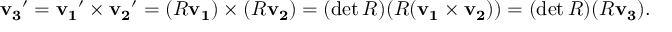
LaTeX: \mathbf { v _ { 3 } } ^ { \prime } = \mathbf { v _ { 1 } } ^ { \prime } \times \mathbf { v _ { 2 } } ^ { \prime } = ( R \mathbf { v _ { 1 } } ) \times ( R \mathbf { v _ { 2 } } ) = ( \operatorname* { d e t } R ) ( R ( \mathbf { v _ { 1 } } \times \mathbf { v _ { 2 } } ) ) = ( \operatorname* { d e t } R ) ( R \mathbf { v _ { 3 } } ) .